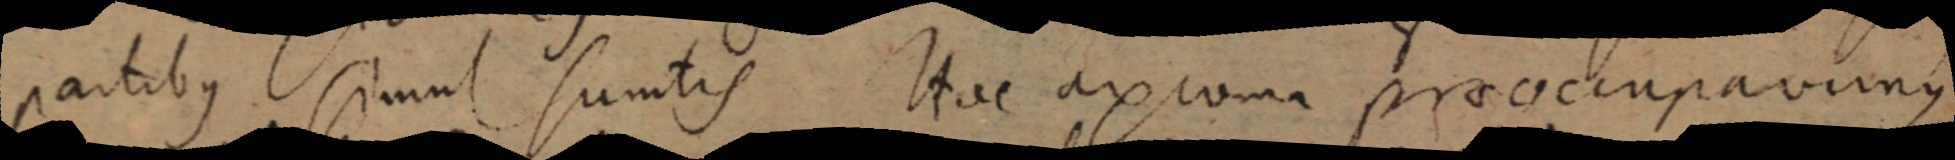
partibus simul sumtis Hac axioma praeoccupavimus